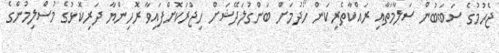
ޖެހުމުގެ ސަބަބުން ސަލާމަތާއި ރައްކާތެރިކަން ހޯދުމަށް ބަންގުލަދޭޝަށް ހިޖްރަކޮށްފައިވާ ރޮހިންޔާ ދަރިކޮޅުގެ މުސްލިމުންގެ